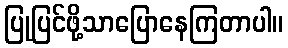
ပြုပြင်ဖို့သာပြောနေကြတာပါ။